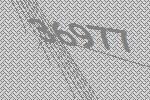
36977